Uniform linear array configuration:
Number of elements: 32
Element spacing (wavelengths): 0.5
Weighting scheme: kaiser
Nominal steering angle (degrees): -15
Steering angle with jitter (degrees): -14.537
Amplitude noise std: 0.05
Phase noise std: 0.05

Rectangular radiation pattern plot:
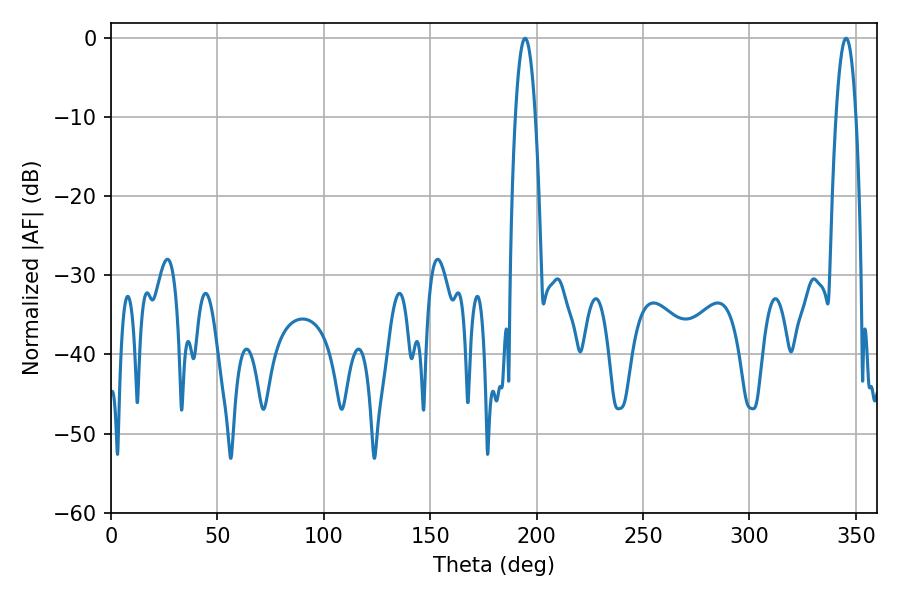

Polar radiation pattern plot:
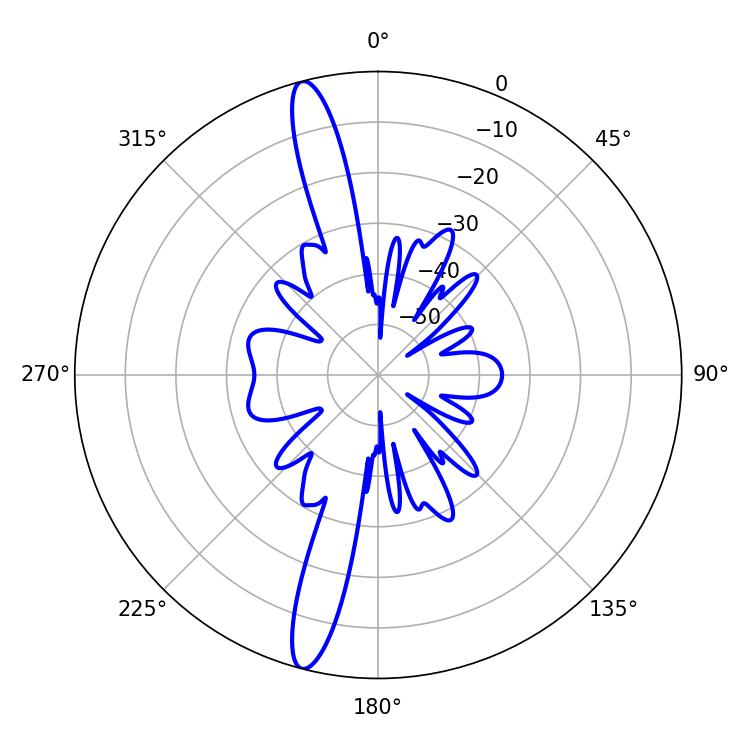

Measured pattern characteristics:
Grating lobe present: FALSE
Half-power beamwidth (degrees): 5.22
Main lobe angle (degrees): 194.58